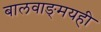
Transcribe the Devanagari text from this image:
बालवाङ्‌मयही